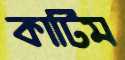
কার্টিম